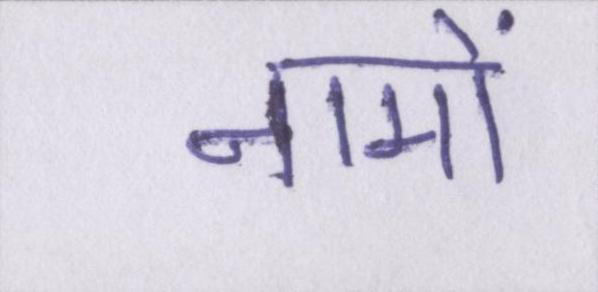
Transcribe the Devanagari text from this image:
नामों